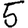
Digit: 5